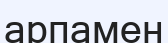
арпамен